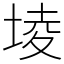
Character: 堎